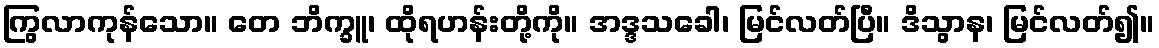
ကြွလာကုန်သော။ တေ ဘိက္ခူ၊ ထိုရဟန်းတို့ကို။ အဒ္ဒသခေါ၊ မြင်လတ်ပြီ။ ဒိသွာန၊ မြင်လတ်၍။